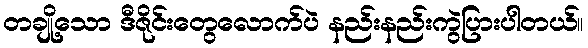
တချို့သော ဒီဇိုင်းတွေလောက်ပဲ နည်းနည်းကွဲပြားပါတယ်။